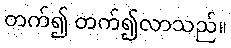
တက်၍ တက်၍လာသည်။